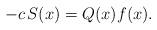
LaTeX: \begin{align*}-c\,S(x)=Q(x)f(x).\end{align*}